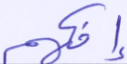
إفكهم